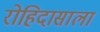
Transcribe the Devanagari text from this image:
रोहिदासाला